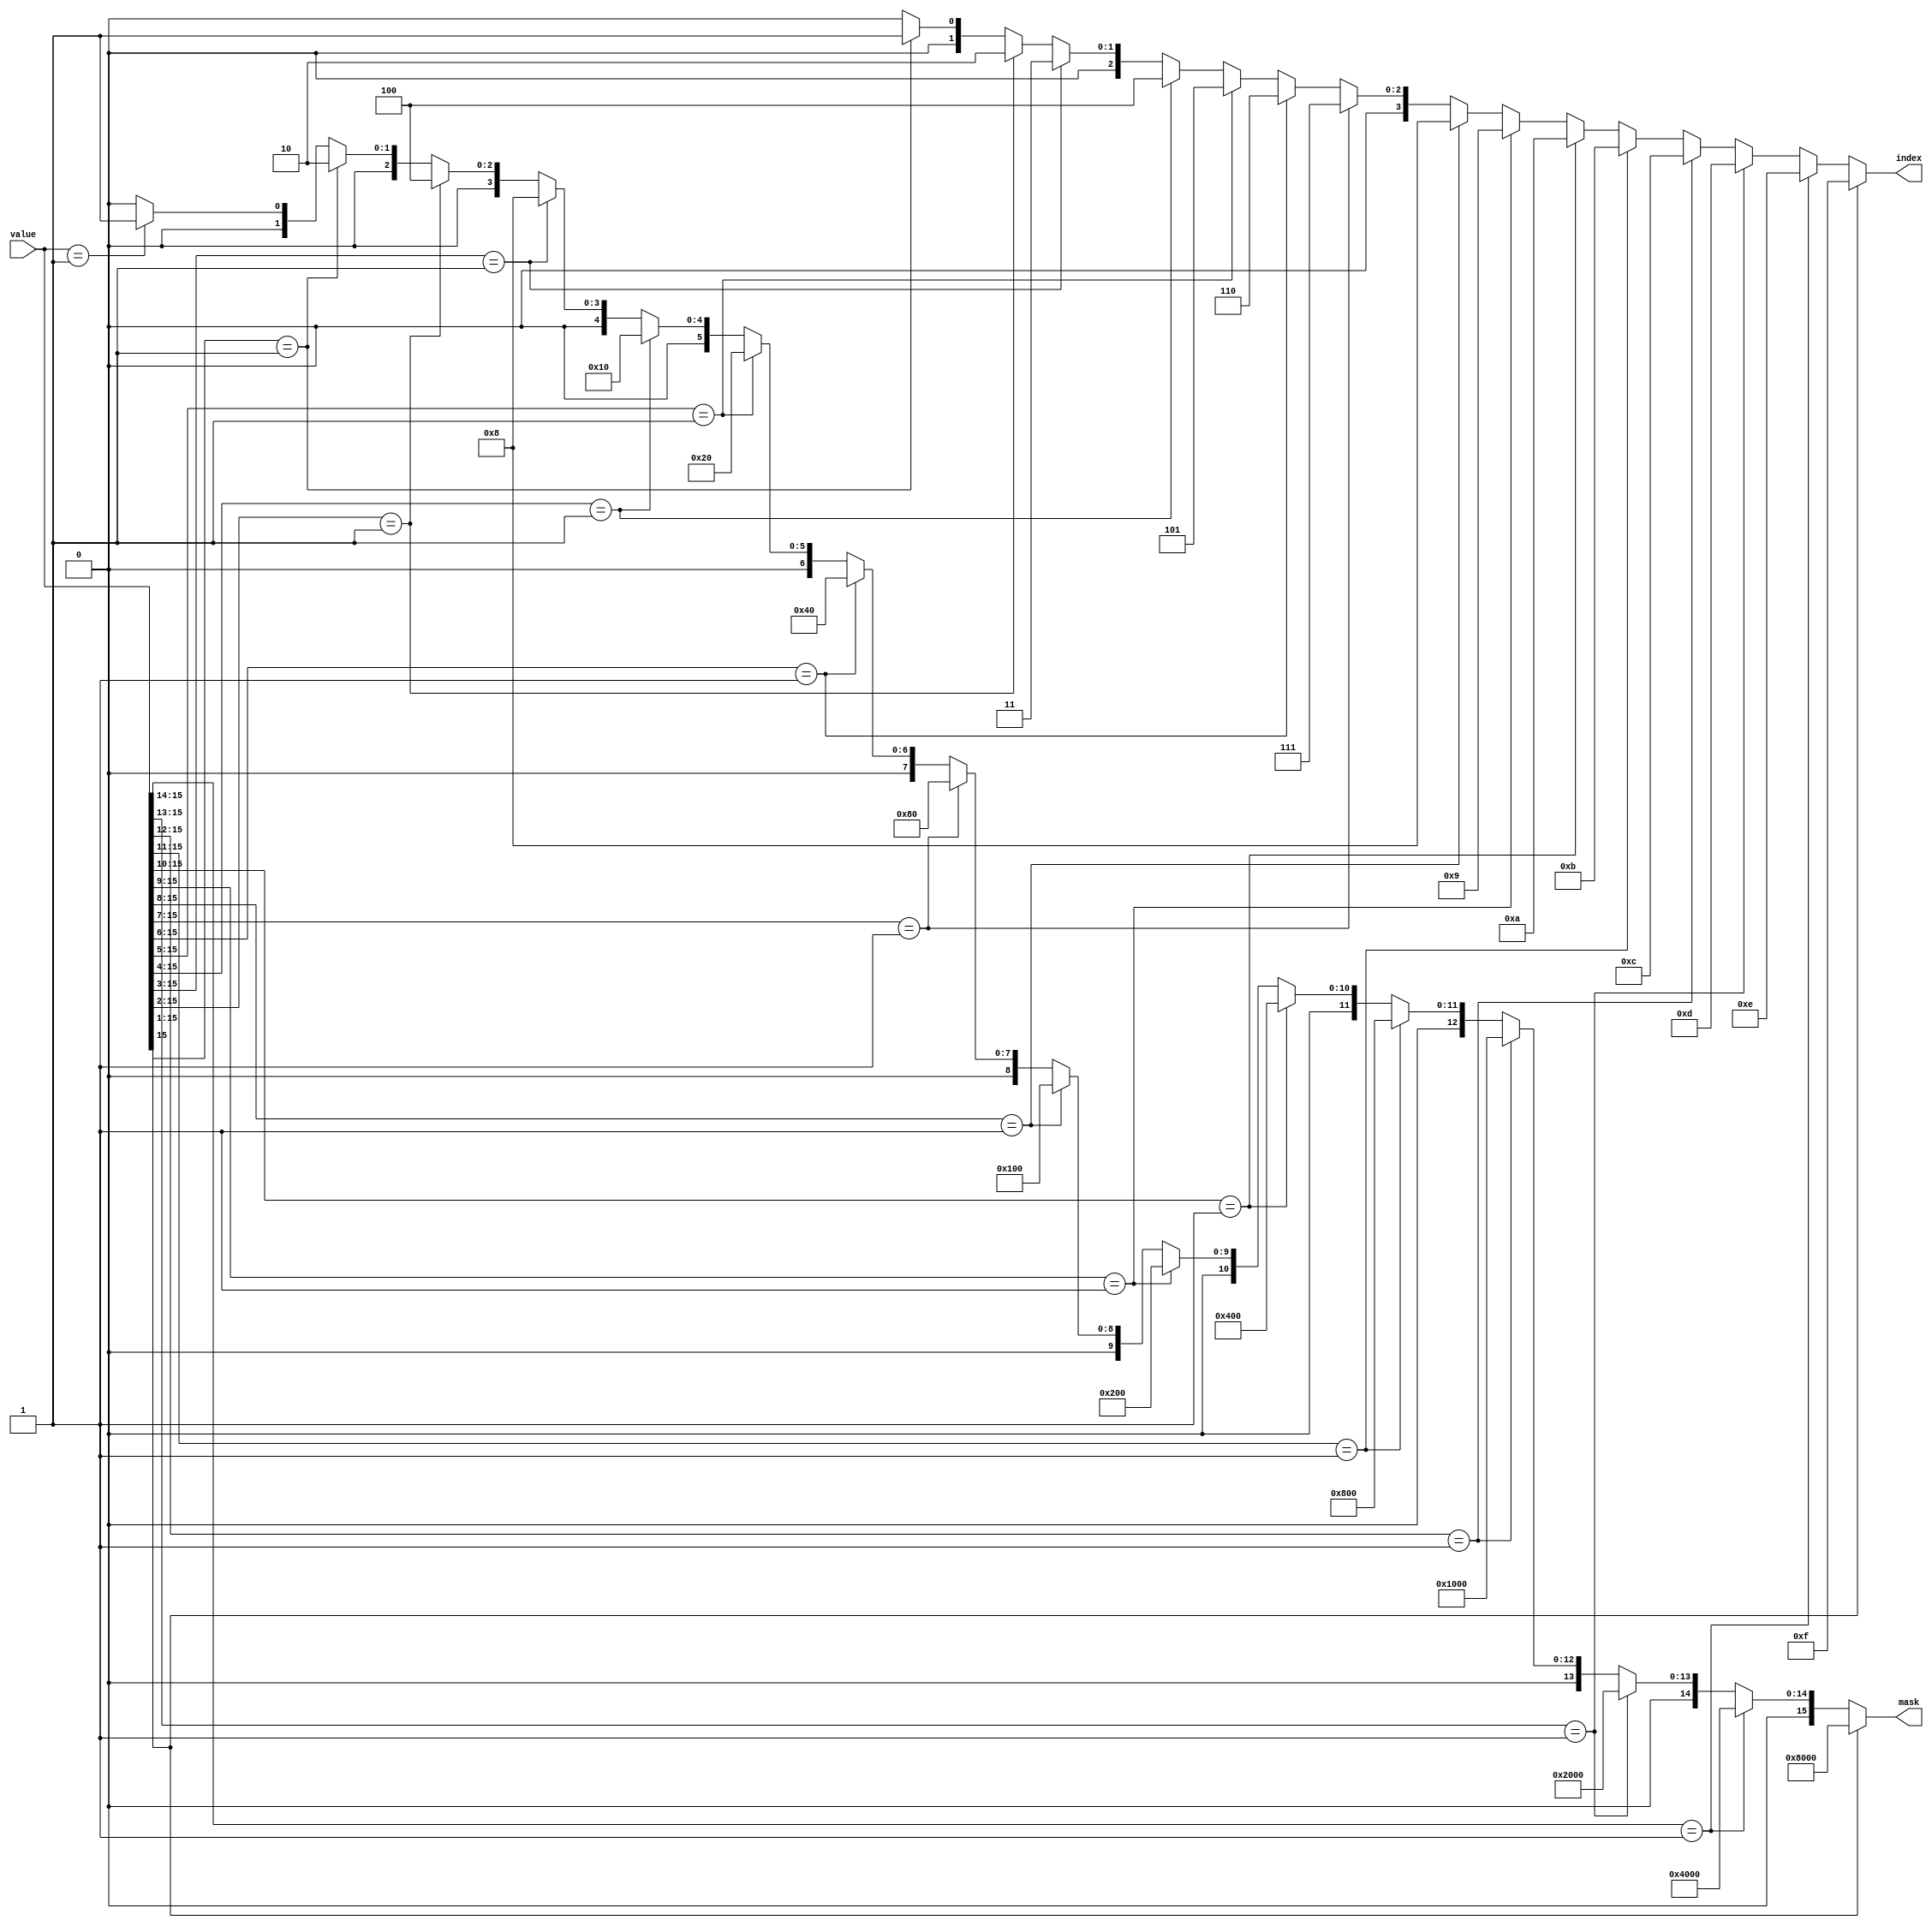
//
// mfp_hbit16.v
//
// determines the index of the highest bit set in a 16 bit array
//
// https://github.com/mist-devel/mist-board
//
// Copyright (c) 2014 Till Harbaum <till@harbaum.org>
// Copyright (c) 2019-2020 Gyorgy Szombathelyi
//
// This source file is free software: you can redistribute it and/or modify
// it under the terms of the GNU General Public License as published
// by the Free Software Foundation, either version 3 of the License, or
// (at your option) any later version.
//
// This source file is distributed in the hope that it will be useful,
// but WITHOUT ANY WARRANTY; without even the implied warranty of
// MERCHANTABILITY or FITNESS FOR A PARTICULAR PURPOSE.  See the
// GNU General Public License for more details.
//
// You should have received a copy of the GNU General Public License
// along with this program.  If not, see <http://www.gnu.org/licenses/>.

module mfp_hbit16 (
        input [15:0] value,
        output [15:0] mask,
        output [3:0] index
);

assign index =
	(value[15]    ==  1'b1)?4'd15:
	(value[15:14] ==  2'b1)?4'd14:
	(value[15:13] ==  3'b1)?4'd13:
	(value[15:12] ==  4'b1)?4'd12:
	(value[15:11] ==  5'b1)?4'd11:
	(value[15:10] ==  6'b1)?4'd10:
	(value[15:9]  ==  7'b1)?4'd9:
	(value[15:8]  ==  8'b1)?4'd8:
	(value[15:7]  ==  9'b1)?4'd7:
	(value[15:6]  == 10'b1)?4'd6:
	(value[15:5]  == 11'b1)?4'd5:
	(value[15:4]  == 12'b1)?4'd4:
	(value[15:3]  == 13'b1)?4'd3:
	(value[15:2]  == 14'b1)?4'd2:
	(value[15:1]  == 15'b1)?4'd1:
	(value[15:0]  == 16'b1)?4'd0:
		4'd0;

assign mask =
	(value[15]    ==  1'b1)?16'h8000:
	(value[15:14] ==  2'b1)?16'h4000:
	(value[15:13] ==  3'b1)?16'h2000:
	(value[15:12] ==  4'b1)?16'h1000:
	(value[15:11] ==  5'b1)?16'h0800:
	(value[15:10] ==  6'b1)?16'h0400:
	(value[15:9]  ==  7'b1)?16'h0200:
	(value[15:8]  ==  8'b1)?16'h0100:
	(value[15:7]  ==  9'b1)?16'h0080:
	(value[15:6]  == 10'b1)?16'h0040:
	(value[15:5]  == 11'b1)?16'h0020:
	(value[15:4]  == 12'b1)?16'h0010:
	(value[15:3]  == 13'b1)?16'h0008:
	(value[15:2]  == 14'b1)?16'h0004:
	(value[15:1]  == 15'b1)?16'h0002:
	(value[15:0]  == 16'b1)?16'h0001:
		16'h0000;

endmodule